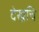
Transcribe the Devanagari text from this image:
देखचि